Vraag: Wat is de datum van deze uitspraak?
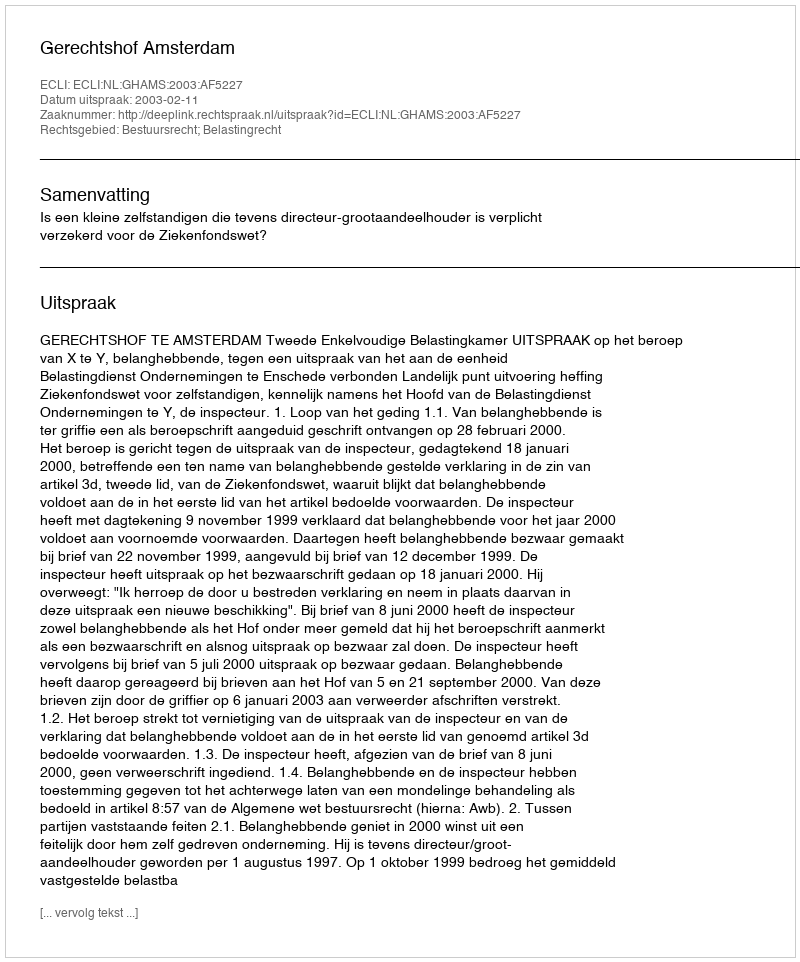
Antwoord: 2003-02-11